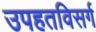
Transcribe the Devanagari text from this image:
उपहतविसर्ग